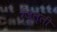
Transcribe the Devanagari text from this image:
रेंज़ुल्ली